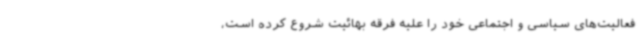
فعالیت‌های سیاسی و اجتماعی خود را علیه فرقه بهائیت شروع کرده است،